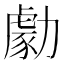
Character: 勮